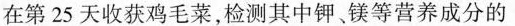
在第25天收获鸡毛菜，检测其中钾、镁等营养成分的